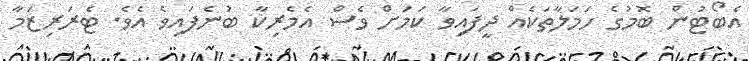
އެބޯޓުން ބޮމުގެ ހަމަލާތަކެއް ދީފައިވާ ކަމަށް ވެސް އެމެރިކާ ބުނެފައިވެ އެވެ. ޓެރަރިޒަމާ